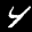
Label: 4